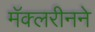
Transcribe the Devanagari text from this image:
मॅक्लरीनने